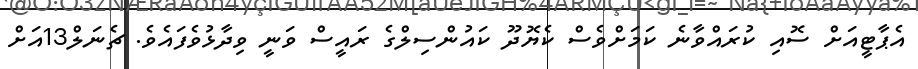
އެޕާޓީއަށް ސޮއި ކުރައްވާނެ ކަމަށްވެސް ކެޔޮދޫ ކައުންސިލްގެ ރައީސް ވަނީ ވިދާޅުވެފައެވެ. ޗެނަލް13އަށް